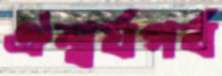
ঐশ্বর্যগর্ব